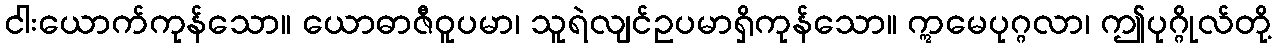
ငါးယောက်ကုန်သော။ ယောဓာဇီဝူပမာ၊ သူရဲလျင်ဥပမာရှိကုန်သော။ ဣမေပုဂ္ဂလာ၊ ဤပုဂ္ဂိုလ်တို့